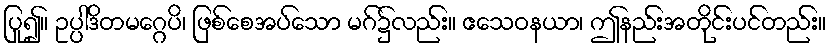
ပြု၍။ ဥပ္ပါဒိတမဂ္ဂေပိ၊ ဖြစ်စေအပ်သော မဂ်၌လည်း။ ဧသေဝနယာ၊ ဤနည်းအတိုင်းပင်တည်း။